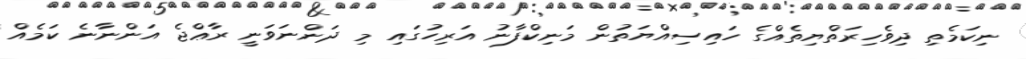
ނިކަމެތި ދިވެހިރަތްޔިތެއްގެ ހައިސިއްޔަތުން މަނިކްފާނު އަރިހުގައި މި ދަންނަވަނީ ރާޢްޖެ އަންނާނެ ކަމެއް